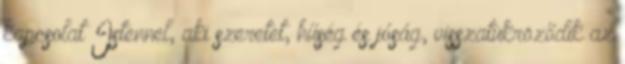
kapcsolat Istennel, aki szeretet, hűség és jóság, visszatükröződik az